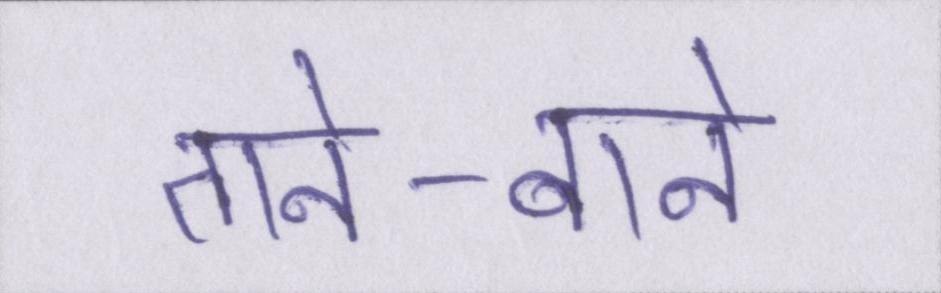
ताने-बाने